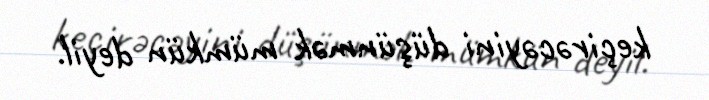
keçirəcəyini düşünmək mümkün deyil.